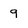
Character: 9